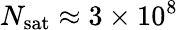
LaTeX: N_{\mathrm{sat}}\approx 3\times 10^{8}